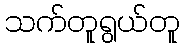
သက်တူရွယ်တူ